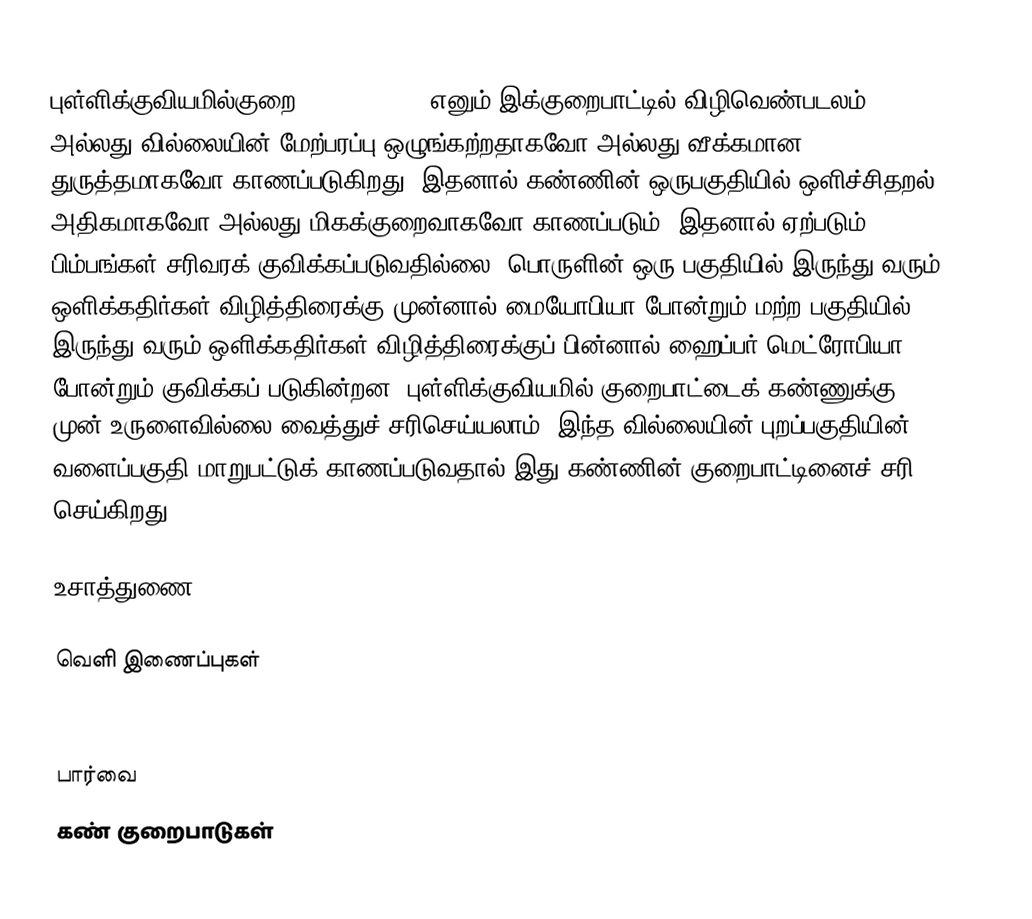
புள்ளிக்குவியமில்குறை (Astigmatism) எனும் இக்குறைபாட்டில் விழிவெண்படலம் அல்லது வில்லையின் மேற்பரப்பு ஒழுங்கற்றதாகவோ அல்லது வீக்கமான துருத்தமாகவோ காணப்படுகிறது, இதனால் கண்ணின் ஒருபகுதியில் ஒளிச்சிதறல் அதிகமாகவோ அல்லது மிகக்குறைவாகவோ காணப்படும், இதனால் ஏற்படும் பிம்பங்கள் சரிவரக் குவிக்கப்படுவதில்லை. பொருளின் ஒரு பகுதியில் இருந்து வரும் ஒளிக்கதிர்கள் விழித்திரைக்கு முன்னால் மையோபியா போன்றும் மற்ற பகுதியில் இருந்து வரும் ஒளிக்கதிர்கள் விழித்திரைக்குப் பின்னால் ஹைப்பர் மெட்ரோபியா போன்றும் குவிக்கப் படுகின்றன. புள்ளிக்குவியமில் குறைபாட்டைக் கண்ணுக்கு முன் உருளைவில்லை வைத்துச் சரிசெய்யலாம். இந்த வில்லையின் புறப்பகுதியின் வளைப்பகுதி மாறுபட்டுக் காணப்படுவதால் இது கண்ணின் குறைபாட்டினைச் சரி செய்கிறது.

உசாத்துணை

வெளி இணைப்புகள்

பார்வை
கண் குறைபாடுகள்